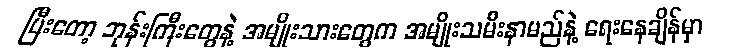
ပြီးတော့ ဘုန်းကြီးတွေနဲ့ အမျိုးသားတွေက အမျိုးသမီးနာမည်နဲ့ ရေးနေချိန်မှာ